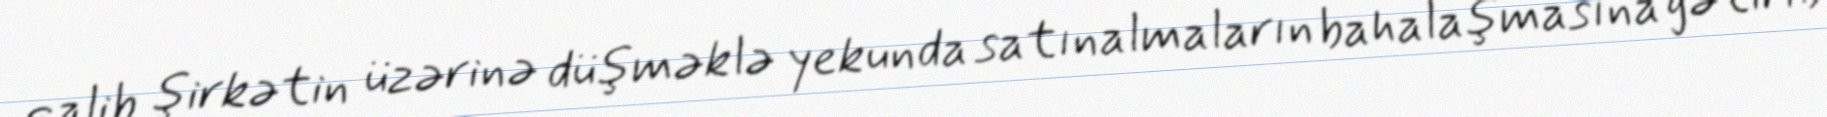
qalib şirkətin üzərinə düşməklə yekunda satınalmaların bahalaşmasına gətirib